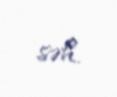
səh.